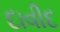
દાવીદ